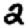
Digit: 2